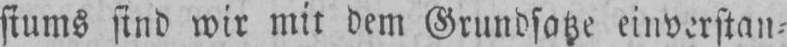
siums sind wir mit dem Grundsatze einverstan⸗